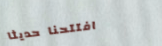
افتتحنا حديثاً